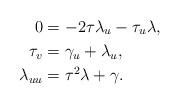
LaTeX: \begin{align*}0 & =-2\tau\lambda_{u}-\tau_{u}\lambda,\\\tau_{v} & =\gamma_{u}+\lambda_{u},\\\lambda_{uu} & =\tau^{2}\lambda+\gamma.\end{align*}